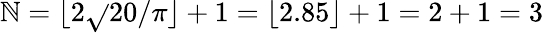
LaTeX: \mathbb{N}=\lfloor2{\sqrt{}{{20}}}/\pi\rfloor+1=\lfloor2.85\rfloor+1=2+1=3